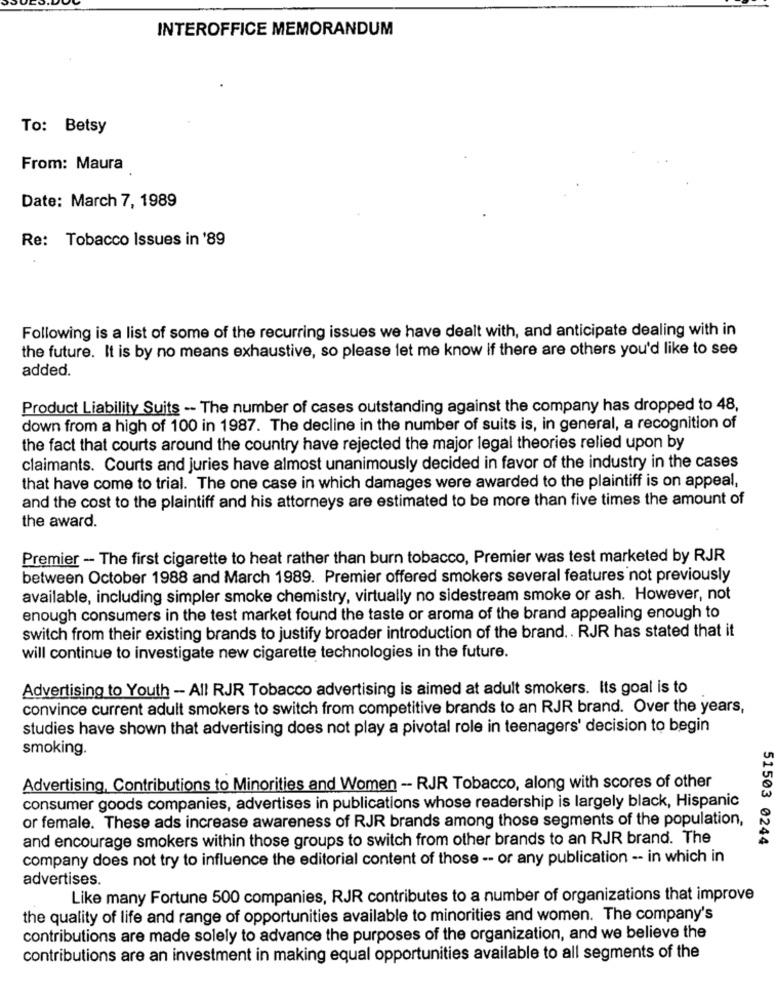
INTEROFFICE MEMORANDUM
To: Betsy
From: Maura
Date: March 7, 1989
Re: Tobacco Issues in '89
Following is a list of some of the recurring issues we have dealt with, and anticipate dealing with in
the future. It is by no means exhaustive, so please let me know if there are others you'd like to see
added.
Product Liability Suits -- The number of cases outstanding against the company has dropped to 48,
down from a high of 100 in 1987. The decline in the number of suits is, in general, a recognition of
the fact that courts around the country have rejected the major legal theories relied upon by
claimants. Courts and juries have almost unanimously decided in favor of the industry in the cases
that have come to trial. The one case in which damages were awarded to the plaintiff is on appeal,
and the cost to the plaintiff and his attorneys are estimated to be more than five times the amount of
the award.
Premier - The first cigarette to heat rather than burn tobacco, Premier was test marketed by RJR
between October 1988 and March 1989. Premier offered smokers several features not previously
available, including simpler smoke chemistry, virtually no sidestream smoke or ash. However, not
enough consumers in the test market found the taste or aroma of the brand appealing enough to
switch from their existing brands to justify broader introduction of the brand .. RJR has stated that it
will continue to investigate new cigarette technologies in the future.
Advertising to Youth - All RJR Tobacco advertising is aimed at adult smokers. Its goal is to
convince current adult smokers to switch from competitive brands to an RJR brand. Over the years,
studies have shown that advertising does not play a pivotal role in teenagers' decision to begin
smoking.
Advertising, Contributions to Minorities and Women -- RJR Tobacco, along with scores of other
consumer goods companies, advertises in publications whose readership is largely black, Hispanic
or female. These ads increase awareness of RJR brands among those segments of the population,
and encourage smokers within those groups to switch from other brands to an RJR brand. The
51503 0244
company does not try to influence the editorial content of those -- or any publication -- in which in
advertises.
Like many Fortune 500 companies, RJR contributes to a number of organizations that improve
the quality of life and range of opportunities available to minorities and women. The company's
contributions are made solely to advance the purposes of the organization, and we believe the
contributions are an investment in making equal opportunities available to all segments of the